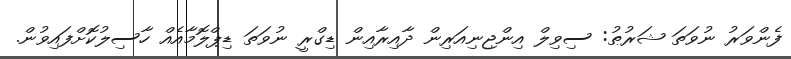
ފެންވަރު ނުވަތަ ޝަރުޠު: ސިވިލް އިންޖިނިއަރިން ދާއިރާއިން ޑިގްރީ ނުވަތަ ޑިޕްލޮމާއެއް ހާސިލުކޮށްފައިވުން.